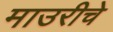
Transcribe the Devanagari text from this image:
माउरीचे